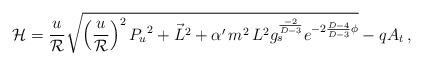
LaTeX: \begin{align*}{\cal H}={u \over {\cal R}} \sqrt{ \left( {u \over {\cal R}} \right)^2{P_u}^2 + \vec{L}^2 + \alpha^\prime\, m^2 \, L^2 g_s^{-2 \over D-3} e^{-2 {D-4 \over D-3} \phi} } -qA_t \, ,\end{align*}